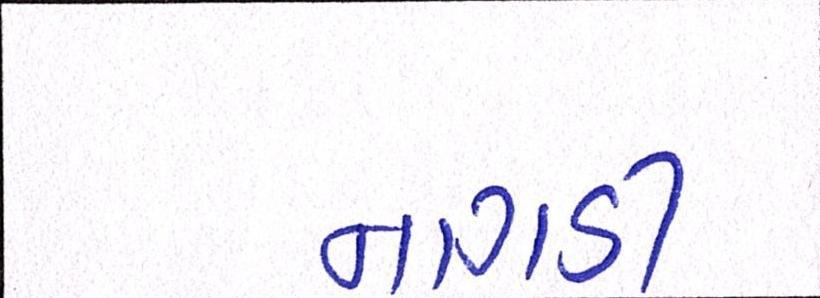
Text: નાગડી